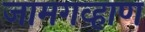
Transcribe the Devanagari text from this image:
जामगव्हाण